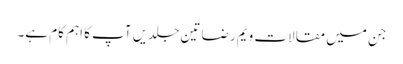
جن میں مقالات ویم رضا تین جلدیں آپ کا اہم کام ہے۔